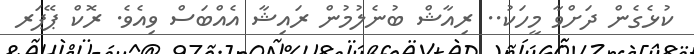
ކުޅެގެން ދަށްވާ މީހަކު.. ރިއާޝް ބުނެލުމުން ރައިޝާ އެއްބަސް ވިއެވެ. ރޮކް ޕޭޕަރ